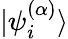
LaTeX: |\psi_{i}^{(\alpha)}\rangle